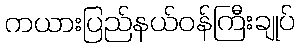
ကယားပြည်နယ်ဝန်ကြီးချုပ်